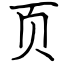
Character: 页